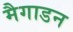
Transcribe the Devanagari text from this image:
मैगाडन